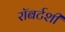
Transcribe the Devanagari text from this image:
रॉबर्टशी